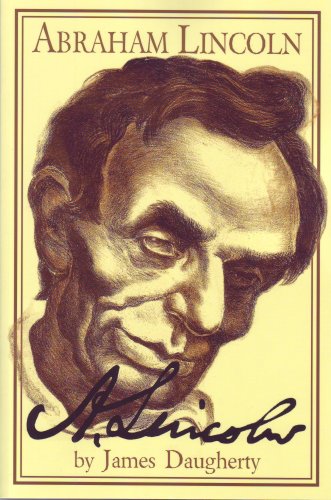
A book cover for Abraham Lincoln; James Daugherty; Biographies & Memoirs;